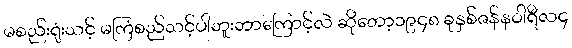
မစည်းရုံးသင့် မကြံစည်သင့်ပါဘူးဘာကြောင့်လဲ ဆိုတော့၁၉၄၈ ခုနှစ်ဇန်နဝါရီလ၄